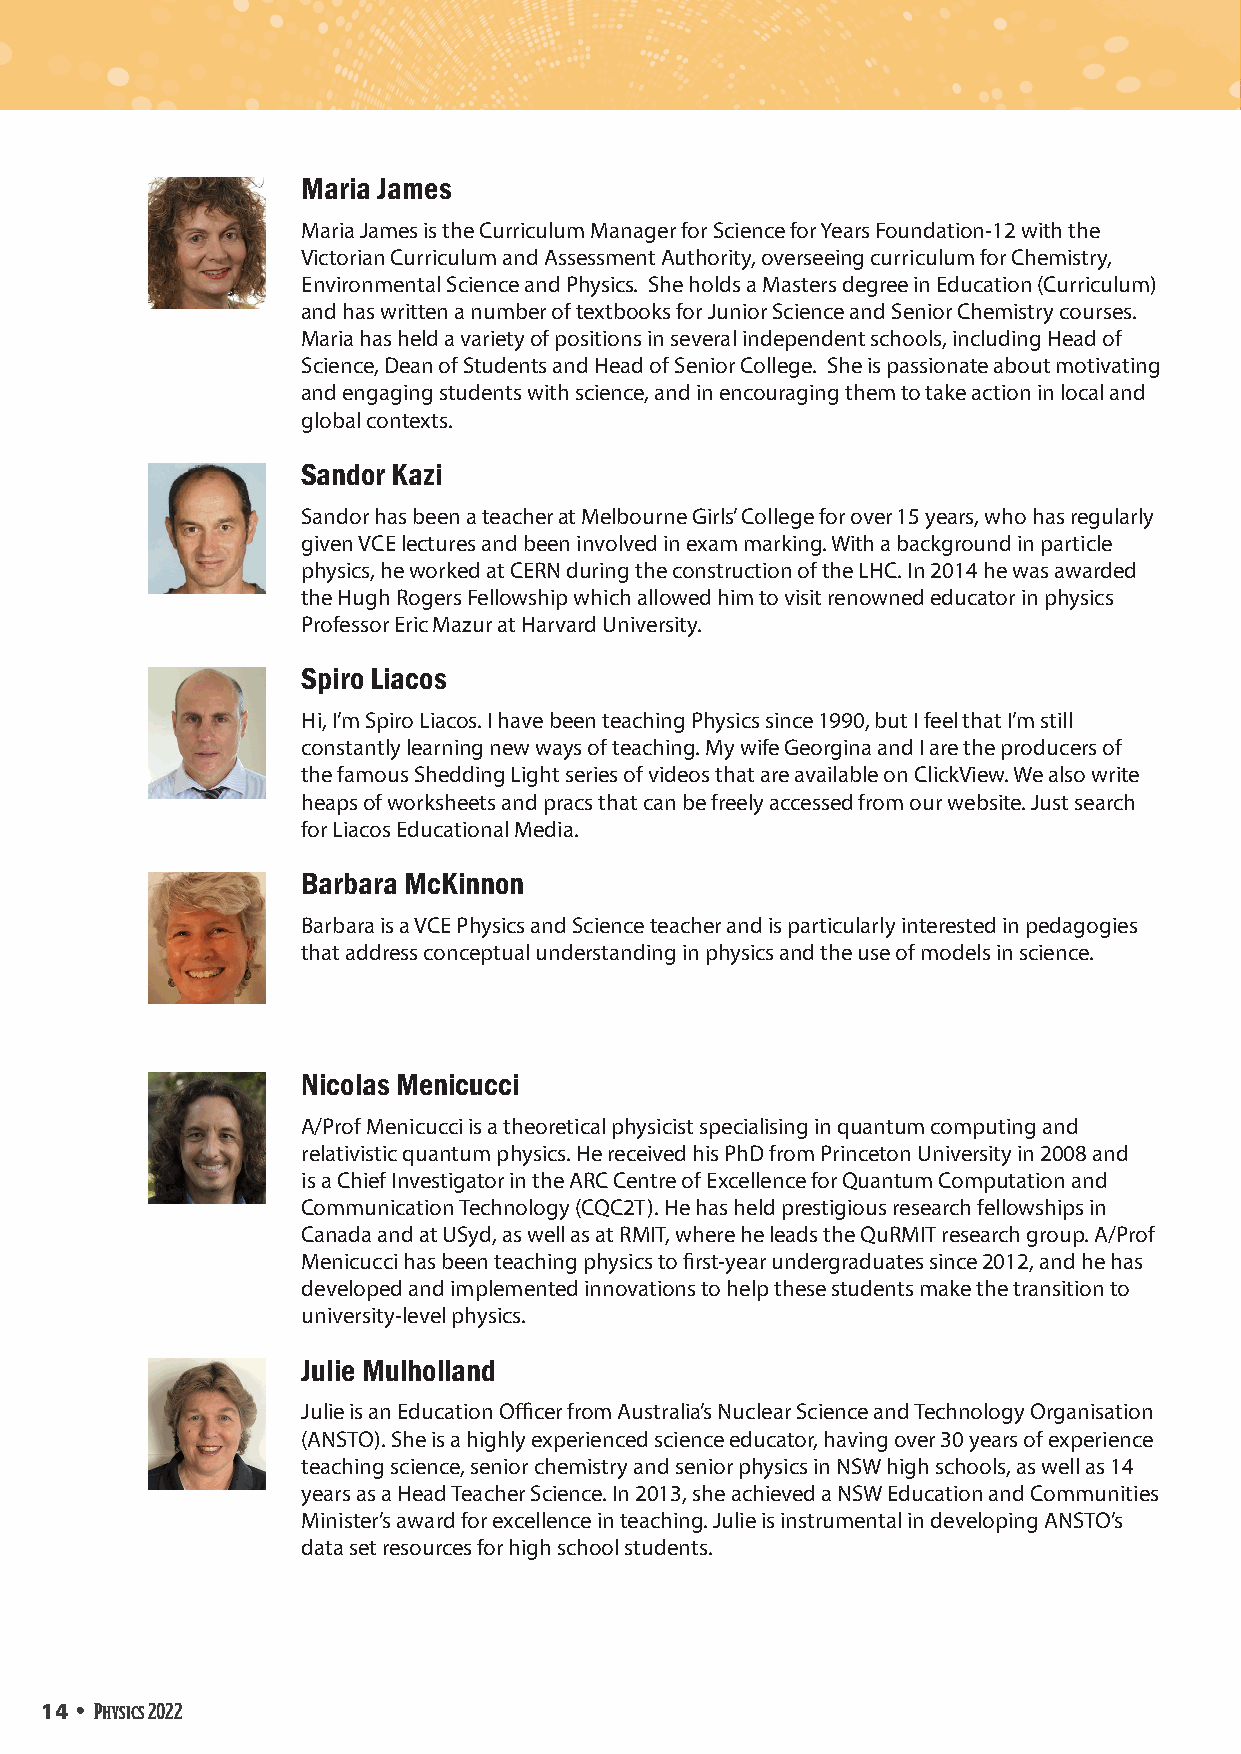
Maria James
 Maria James is the Curriculum Manager for Science for Years Foundation-12 with the
 Victorian Curriculum and Assessment Authority, overseeing curriculum for Chemistry,
 Environmental Science and Physics. She holds a Masters degree in Education (Curriculum)
 and has written a number of textbooks for Junior Science and Senior Chemistry courses.
 Maria has held a variety of positions in several independent schools, including Head of
 Science, Dean of Students and Head of Senior College. She is passionate about motivating
 and engaging students with science, and in encouraging them to take action in local and
 global contexts.
 Sandor Kazi
 Sandor has been a teacher at Melbourne Girls’ College for over 15 years, who has regularly
 given VCE lectures and been involved in exam marking. With a background in particle
 physics, he worked at CERN during the construction of the LHC. In 2014 he was awarded
 the Hugh Rogers Fellowship which allowed him to visit renowned educator in physics
 Professor Eric Mazur at Harvard University.
 Spiro Liacos
 Hi, I’m Spiro Liacos. I have been teaching Physics since 1990, but I feel that I’m still
 constantly learning new ways of teaching. My wife Georgina and I are the producers of
 the famous Shedding Light series of videos that are available on ClickView. We also write
 heaps of worksheets and pracs that can be freely accessed from our website. Just search
 for Liacos Educational Media.
 Barbara McKinnon
 Barbara is a VCE Physics and Science teacher and is particularly interested in pedagogies
 that address conceptual understanding in physics and the use of models in science.
 Nicolas Menicucci
 A/Prof Menicucci is a theoretical physicist specialising in quantum computing and
 relativistic quantum physics. He received his PhD from Princeton University in 2008 and
 is a Chief Investigator in the ARC Centre of Excellence for Quantum Computation and
 Communication Technology (CQC2T). He has held prestigious research fellowships in
 Canada and at USyd, as well as at RMIT, where he leads the QuRMIT research group. A/Prof
 Menicucci has been teaching physics to first-year undergraduates since 2012, and he has
 developed and implemented innovations to help these students make the transition to
 university-level physics.
 Julie Mulholland
 Julie is an Education Officer from Australia’s Nuclear Science and Technology Organisation
 (ANSTO). She is a highly experienced science educator, having over 30 years of experience
 teaching science, senior chemistry and senior physics in NSW high schools, as well as 14
 years as a Head Teacher Science. In 2013, she achieved a NSW Education and Communities
 Minister’s award for excellence in teaching. Julie is instrumental in developing ANSTO’s
 data set resources for high school students.
 14 • Physics 2022